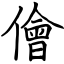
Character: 儈